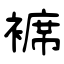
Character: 褯